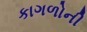
કાગળોની